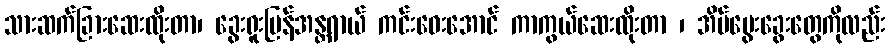
သားဆက်ခြားဆေးထိုးတာ၊ ခွေးရူးပြန်အန္တရာယ် ကင်းဝေးအောင် ကာကွယ်ဆေးထိုးတာ ၊ အိမ်မွေးခွေးတွေကိုလည်း